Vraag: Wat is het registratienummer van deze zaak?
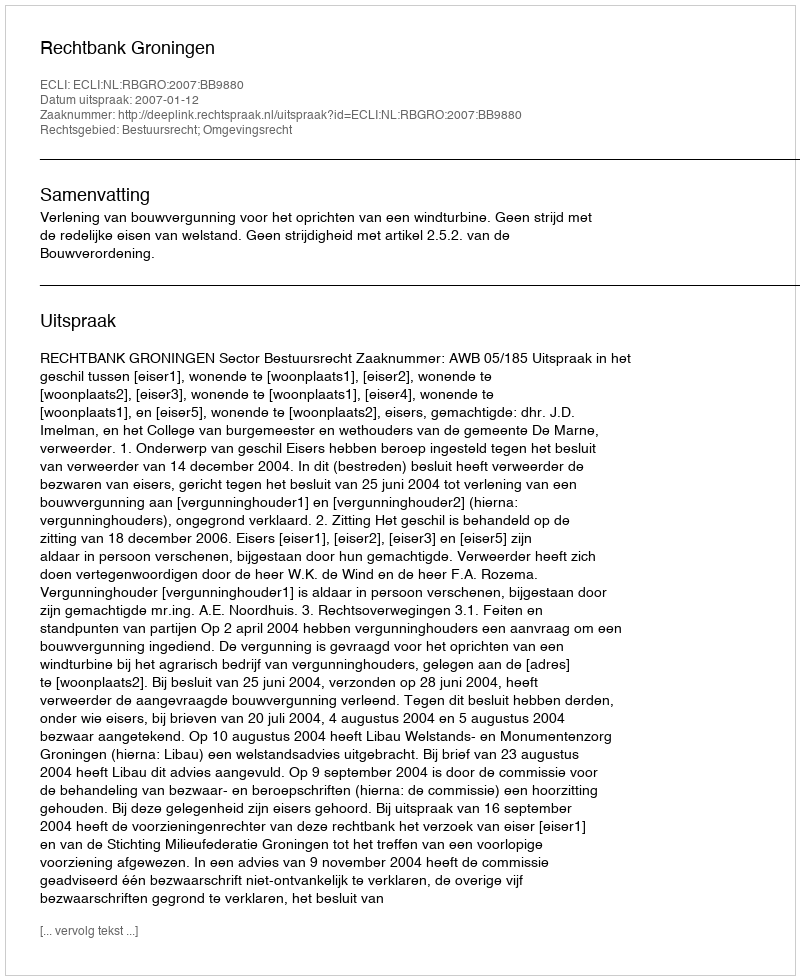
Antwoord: http://deeplink.rechtspraak.nl/uitspraak?id=ECLI:NL:RBGRO:2007:BB9880